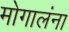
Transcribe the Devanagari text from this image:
मोगालंना